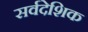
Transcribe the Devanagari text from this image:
सर्वदेशिक